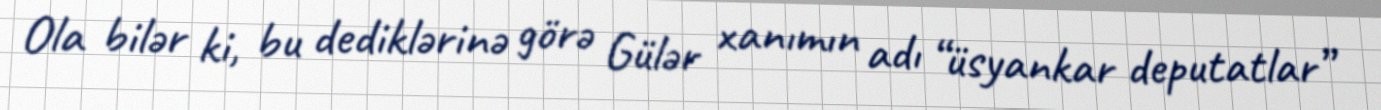
Ola bilər ki, bu dediklərinə görə Gülər xanımın adı “üsyankar deputatlar”